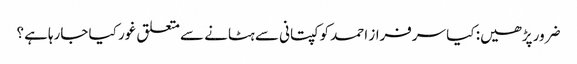
ضرور پڑھیں: کیا سرفراز احمد کو کپتانی سے ہٹانے سے متعلق غور کیا جارہاہے ؟